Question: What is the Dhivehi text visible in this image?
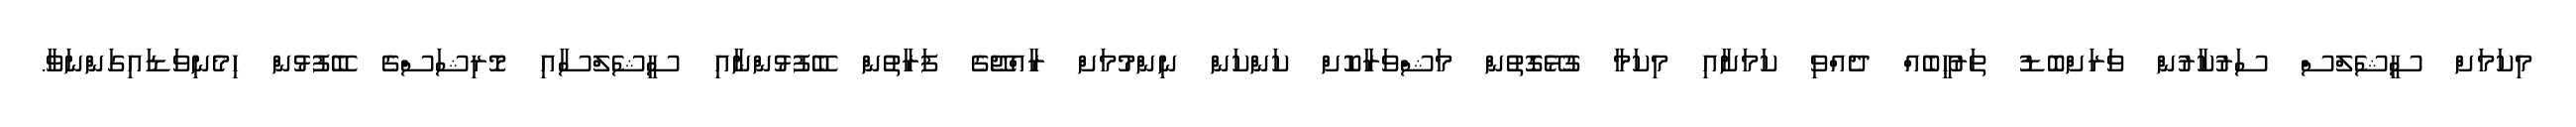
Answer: މިކަމަށް ސީޝެލްސް ސަރުކާރުން ވަރަށްބޮޑު ތަރުޙީބެއް ދެއްވި ކަމަށާއި މިކަމާ ގުޅޭގޮތުން މަޝްވަރާކޮށް ކަންކަން ނިންމުމަށް ރާއްޖޭގެ ފަރާތުން ބޭފުޅުންނާއި ސީޝެލްސާއި މޮރިޝަސްގެ ބޭފުޅުން ހިމެނިވަޑައިގަންނަވާ.